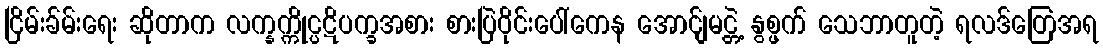
ငြိမ်းခ်မ်းရေး ဆိုတာက လက္နက္ကိုင္ပဋိပက္ခအစား စားပြဲဝိုင်းပေါ်ကေန အောင်ျမင္တဲ့ နွစ္ဖက် သေဘာတူတဲ့ ရလဒ်တြေအရ